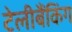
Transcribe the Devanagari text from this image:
टेलीबैंकिंग